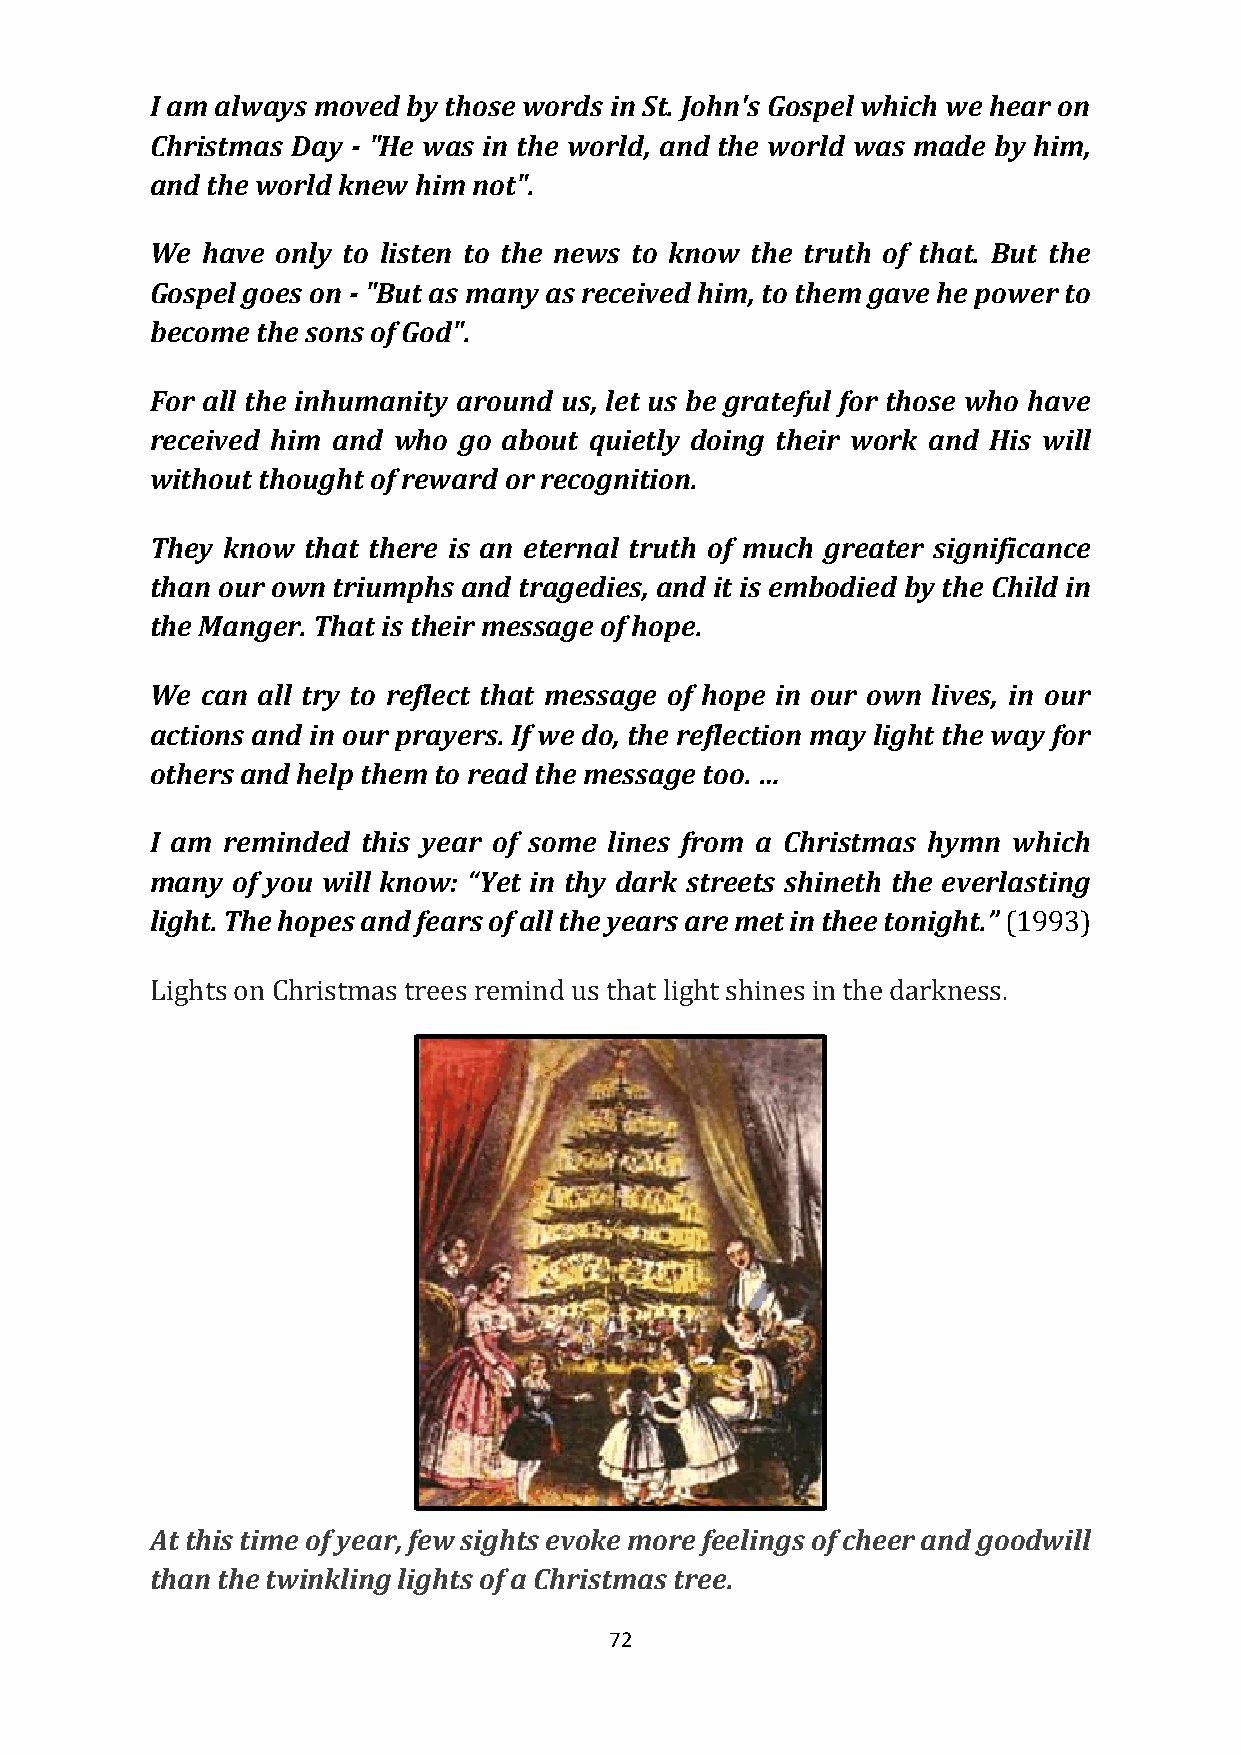
I am always moved by those words in St. John's Gospel which we hear on
 Christmas Day - "He was in the world, and the world was made by him,
 and the world knew him not".
 We have only to listen to the news to know the truth of that. But the
 Gospel goes on - "But as many as received him, to them gave he power to
 become the sons of God".
 For all the inhumanity around us, let us be grateful for those who have
 received him and who go about quietly doing their work and His will
 without thought of reward or recognition.
 They know that there is an eternal truth of much greater significance
 than our own triumphs and tragedies, and it is embodied by the Child in
 the Manger. That is their message of hope.
 We can all try to reflect that message of hope in our own lives, in our
 actions and in our prayers. If we do, the reflection may light the way for
 others and help them to read the message too. …
 I am reminded this year of some lines from a Christmas hymn which
 many of you will know: “Yet in thy dark streets shineth the everlasting
 light. The hopes and fears of all the years are met in thee tonight.” (1993)
 Lights on Christmas trees remind us that light shines in the darkness.
 At this time of year, few sights evoke more feelings of cheer and goodwill
 than the twinkling lights of a Christmas tree.
 72